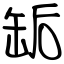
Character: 缿